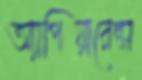
অ্যাপিয়ারেন্স